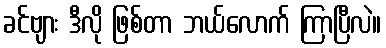
ခင်ဗျား ဒီလို ဖြစ်တာ ဘယ်လောက် ကြာပြီလဲ။